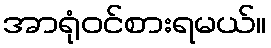
အာရုံဝင်စားရမယ်။